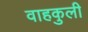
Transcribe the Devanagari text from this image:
वाहकुली